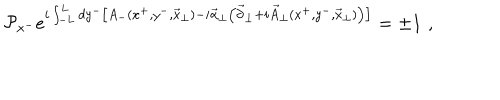
LaTeX: { \cal P } _ { x ^ { - } } e ^ { i \int _ { - L } ^ { L } d y ^ { - } \big [ A _ { - } ( x ^ { + } , y ^ { - } , { \vec { x } } _ { \perp } ) - i { \vec { \alpha } } _ { \perp } \big ( { \vec { \partial } } _ { \perp } + i { \vec { A } } _ { \perp } ( x ^ { + } , y ^ { - } , { \vec { x } } _ { \perp } ) \big ) \big ] } = \pm 1 \, \, ,